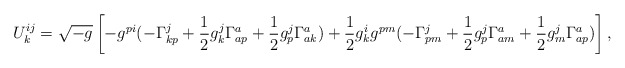
\begin{align*}U^{ij}_{k} = \sqrt{-g} \left[-g^{pi}( -\Gamma^j_{kp} +\frac{1}{2} g^j_{k} \Gamma^a_{ap} +\frac{1}{2} g^j_{p} \Gamma^a_{ak}) + \frac{1}{2} g^i_{k} g^{pm}( -\Gamma^j_{pm} +\frac{1}{2} g^j_{p} \Gamma^a_{am} +\frac{1}{2} g^j_{m} \Gamma^a_{ap})\right],\end{align*}